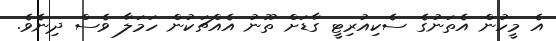
އެ މީހުން އެތަނުގެ ސެކިއުރިޓީ ގާޑަށް ތޫނު އެއްޗަކުން ހަމަލާ ވެސް ދިނެވެ.